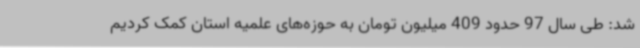
شد: طی سال 97 حدود 409 میلیون تومان به حوزه‌های علمیه استان کمک کردیم